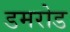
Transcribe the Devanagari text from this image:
डमरोड